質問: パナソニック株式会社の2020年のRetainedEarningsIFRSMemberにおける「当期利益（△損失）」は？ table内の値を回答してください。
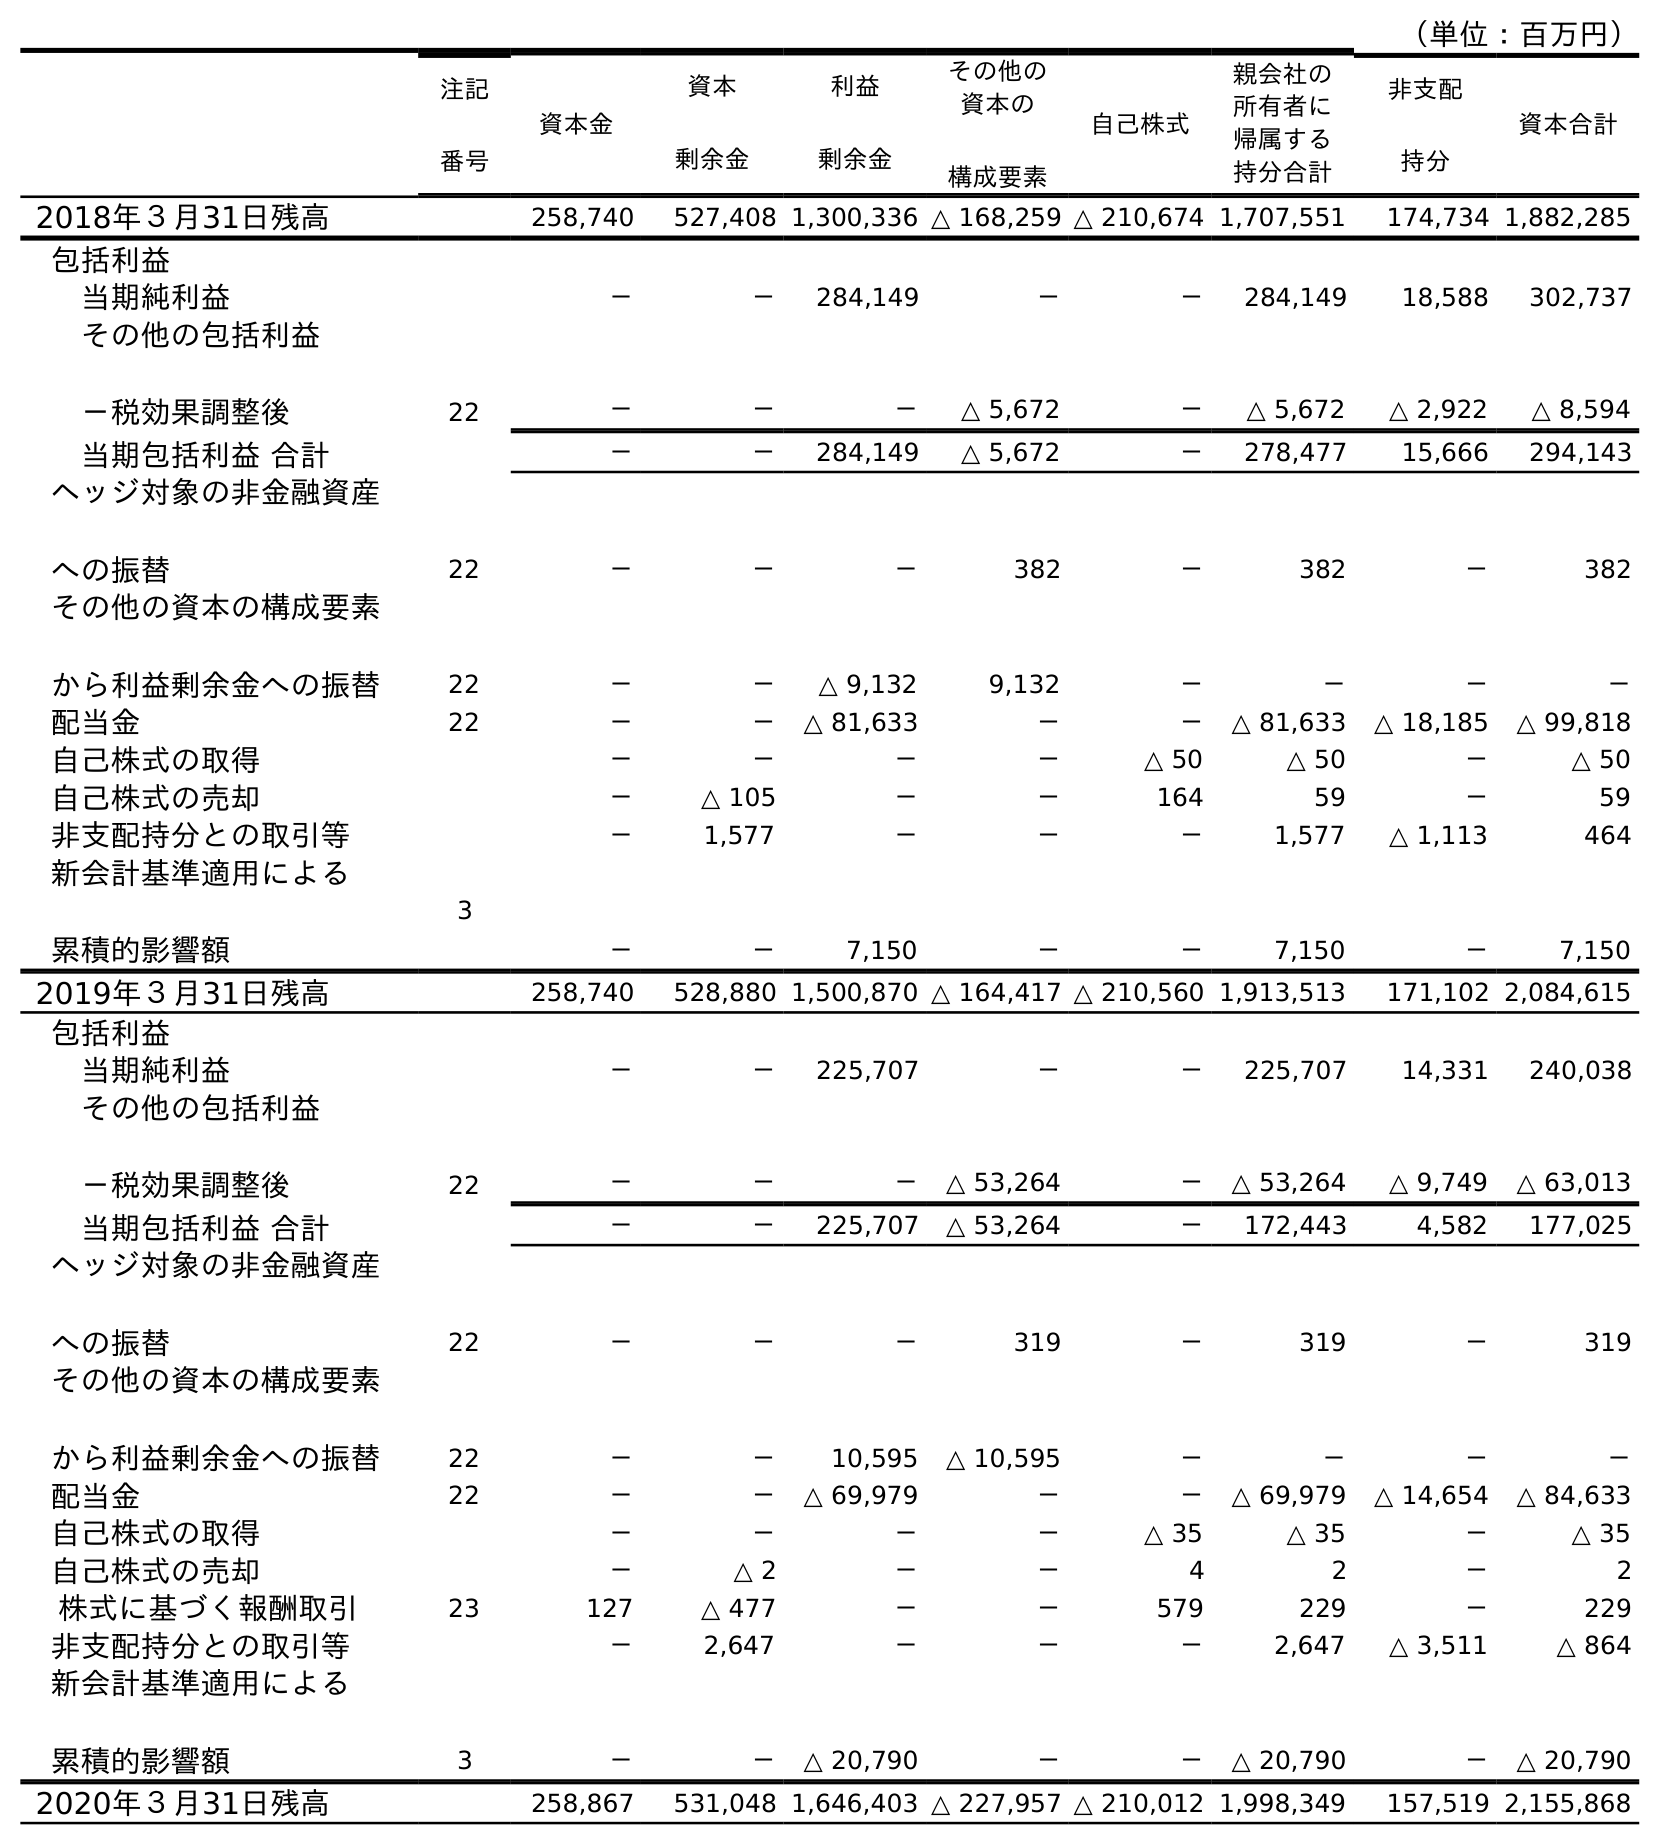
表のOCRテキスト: （単位：百万円） 注記 番号 資本金 資本 剰余金 利益 剰余金 その他の 資本の 構成要素 自己株式 親会社の 所有者に 帰属する 持分合計 非支配 持分 資本合計 2018年３月31日残高 258,740 527,408 1,300,336 △ 168,259 △ 210,674 1,707,551 174,734 1,882,285 包括利益 当期純利益 － － 284,149 － － 284,149 18,588 302,737 その他の包括利益 －税効果調整後 22 － － － △ 5,672 － △ 5,672 △ 2,922 △ 8,594 当期包括利益 合計 － － 284,149 △ 5,672 － 278,477 15,666 294,143 ヘッジ対象の非金融資産 への振替 22 － － － 382 － 382 － 382 その他の資本の構成要素 から利益剰余金への振替 22 － － △ 9,132 9,132 － － － － 配当金 22 － － △ 81,633 － － △ 81,633 △ 18,185 △ 99,818 自己株式の取得 － － － － △ 50 △ 50 － △ 50 自己株式の売却 － △ 105 － － 164 59 － 59 非支配持分との取引等 － 1,577 － － － 1,577 △ 1,113 464 新会計基準適用による 累積的影響額 3 － － 7,150 － － 7,150 － 7,150 2019年３月31日残高 258,740 528,880 1,500,870 △ 164,417 △ 210,560 1,913,513 171,102 2,084,615 包括利益 当期純利益 － － 225,707 － － 225,707 14,331 240,038 その他の包括利益 －税効果調整後 22 － － － △ 53,264 － △ 53,264 △ 9,749 △ 63,013 当期包括利益 合計 － － 225,707 △ 53,264 － 172,443 4,582 177,025 ヘッジ対象の非金融資産 への振替 22 － － － 319 － 319 － 319 その他の資本の構成要素 から利益剰余金への振替 22 － － 10,595 △ 10,595 － － － － 配当金 22 － － △ 69,979 － － △ 69,979 △ 14,654 △ 84,633 自己株式の取得 － － － － △ 35 △ 35 － △ 35 自己株式の売却 － △ 2 － － 4 2 － 2 株式に基づく報酬取引 23 127 △ 477 － － 579 229 － 229 非支配持分との取引等 － 2,647 － － － 2,647 △ 3,511 △ 864 新会計基準適用による 累積的影響額 3 － － △ 20,790 － － △ 20,790 － △ 20,790 2020年３月31日残高 258,867 531,048 1,646,403 △ 227,957 △ 210,012 1,998,349 157,519 2,155,868
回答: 225,707